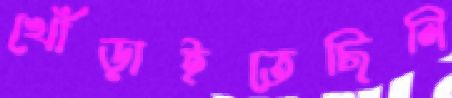
খোঁড়াইতেছিলি